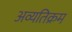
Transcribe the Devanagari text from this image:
अव्यतिक्रम